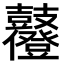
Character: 𪔶